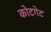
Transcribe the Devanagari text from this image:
कोटगेट